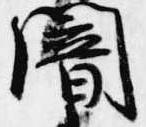
闇